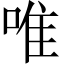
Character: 唯